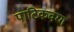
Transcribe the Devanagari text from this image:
पाटिकवग्ग